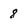
Character: 8